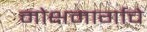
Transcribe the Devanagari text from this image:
मोक्षमार्गाचे